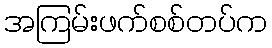
အကြမ်းဖက်စစ်တပ်က